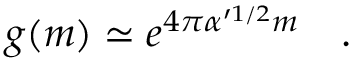
g ( m ) \simeq e ^ { 4 \pi \alpha ^ { \prime 1 / 2 } m } \quad .